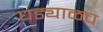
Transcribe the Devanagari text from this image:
घड्याळच